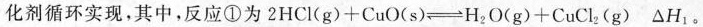
化剂循环实现，其中，反应①为$$2 H C l ( g ) + C u O ( s ) \rightleftharpoons H _ { 2 } O ( g ) + C u C l _ { 2 } ( g ) △ H _ { 1 }$$。